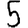
Digit: 5